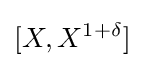
[X,X^{1+\delta }]